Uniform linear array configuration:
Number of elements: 32
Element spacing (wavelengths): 1
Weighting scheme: binomial
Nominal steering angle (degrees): -15
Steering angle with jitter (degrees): -16.536
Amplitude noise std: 0.05
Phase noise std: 0.05

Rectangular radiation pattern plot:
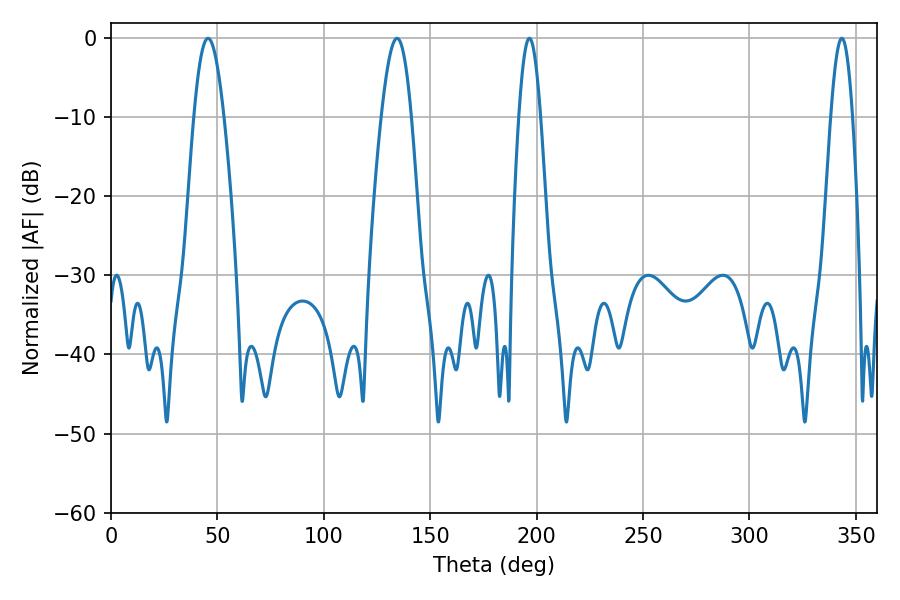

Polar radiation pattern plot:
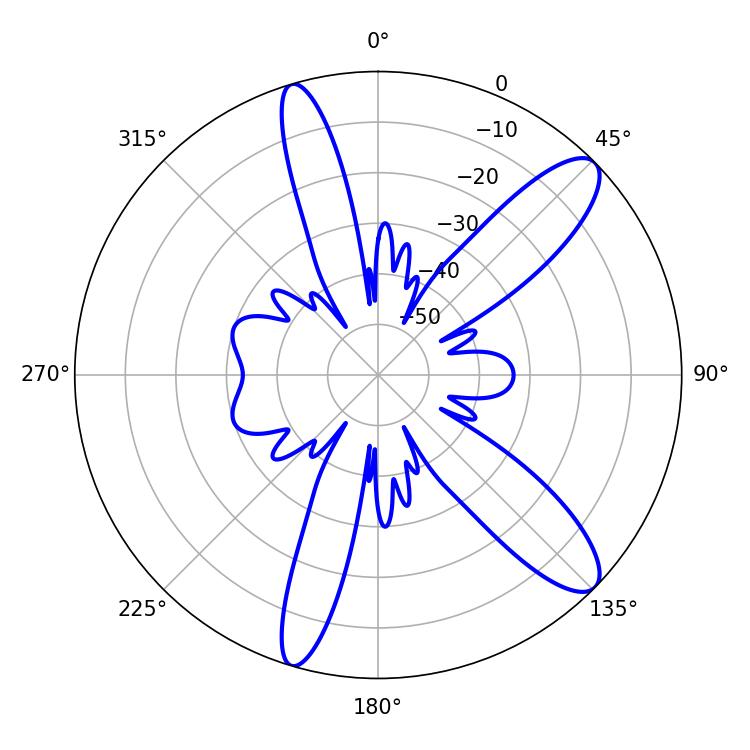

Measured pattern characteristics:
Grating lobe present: TRUE
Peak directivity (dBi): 11.348
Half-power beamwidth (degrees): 7.56
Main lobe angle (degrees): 45.54